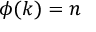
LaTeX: \phi ( k ) = n